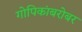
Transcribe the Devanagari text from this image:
गोपिकांबरोबर